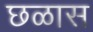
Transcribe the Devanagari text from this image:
छळास